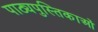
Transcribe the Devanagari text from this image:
पाठ्यपुस्तिकाओं